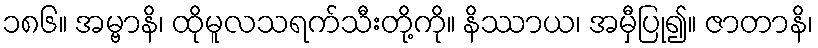
၁၈၆။ အမ္ဗာနိ၊ ထိုမူလသရက်သီးတို့ကို။ နိဿာယ၊ အမှီပြု၍။ ဇာတာနိ၊